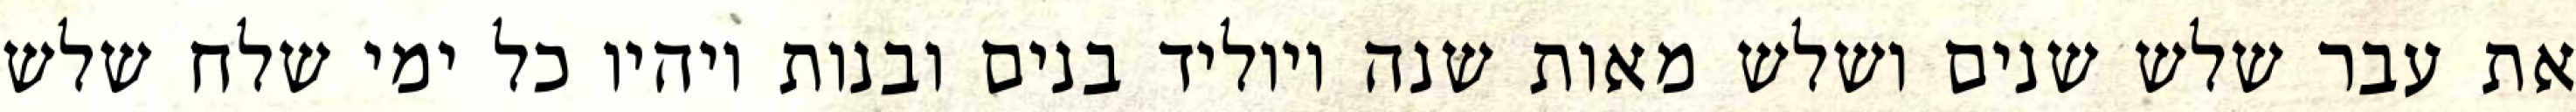
את עבר שלש שנים ושלש מאות שנה ויוליד בנים ובנות ויהיו כל ימי שלח שלש